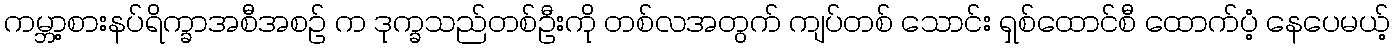
ကမ္ဘာ့စားနပ်ရိက္ခာအစီအစဉ် က ဒုက္ခသည်တစ်ဦးကို တစ်လအတွက် ကျပ်တစ် သောင်း ရှစ်ထောင်စီ ထောက်ပံ့ နေပေမယ့်